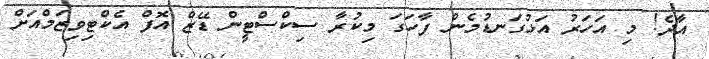
އާދެ! މި އަހަރު އަޅުގަނޑުމެން ފާހަގަ މިކުރާ ސިކްސްޓީން ޑޭޒް އޮފް އެކްޓިވިޒަމްއަށް